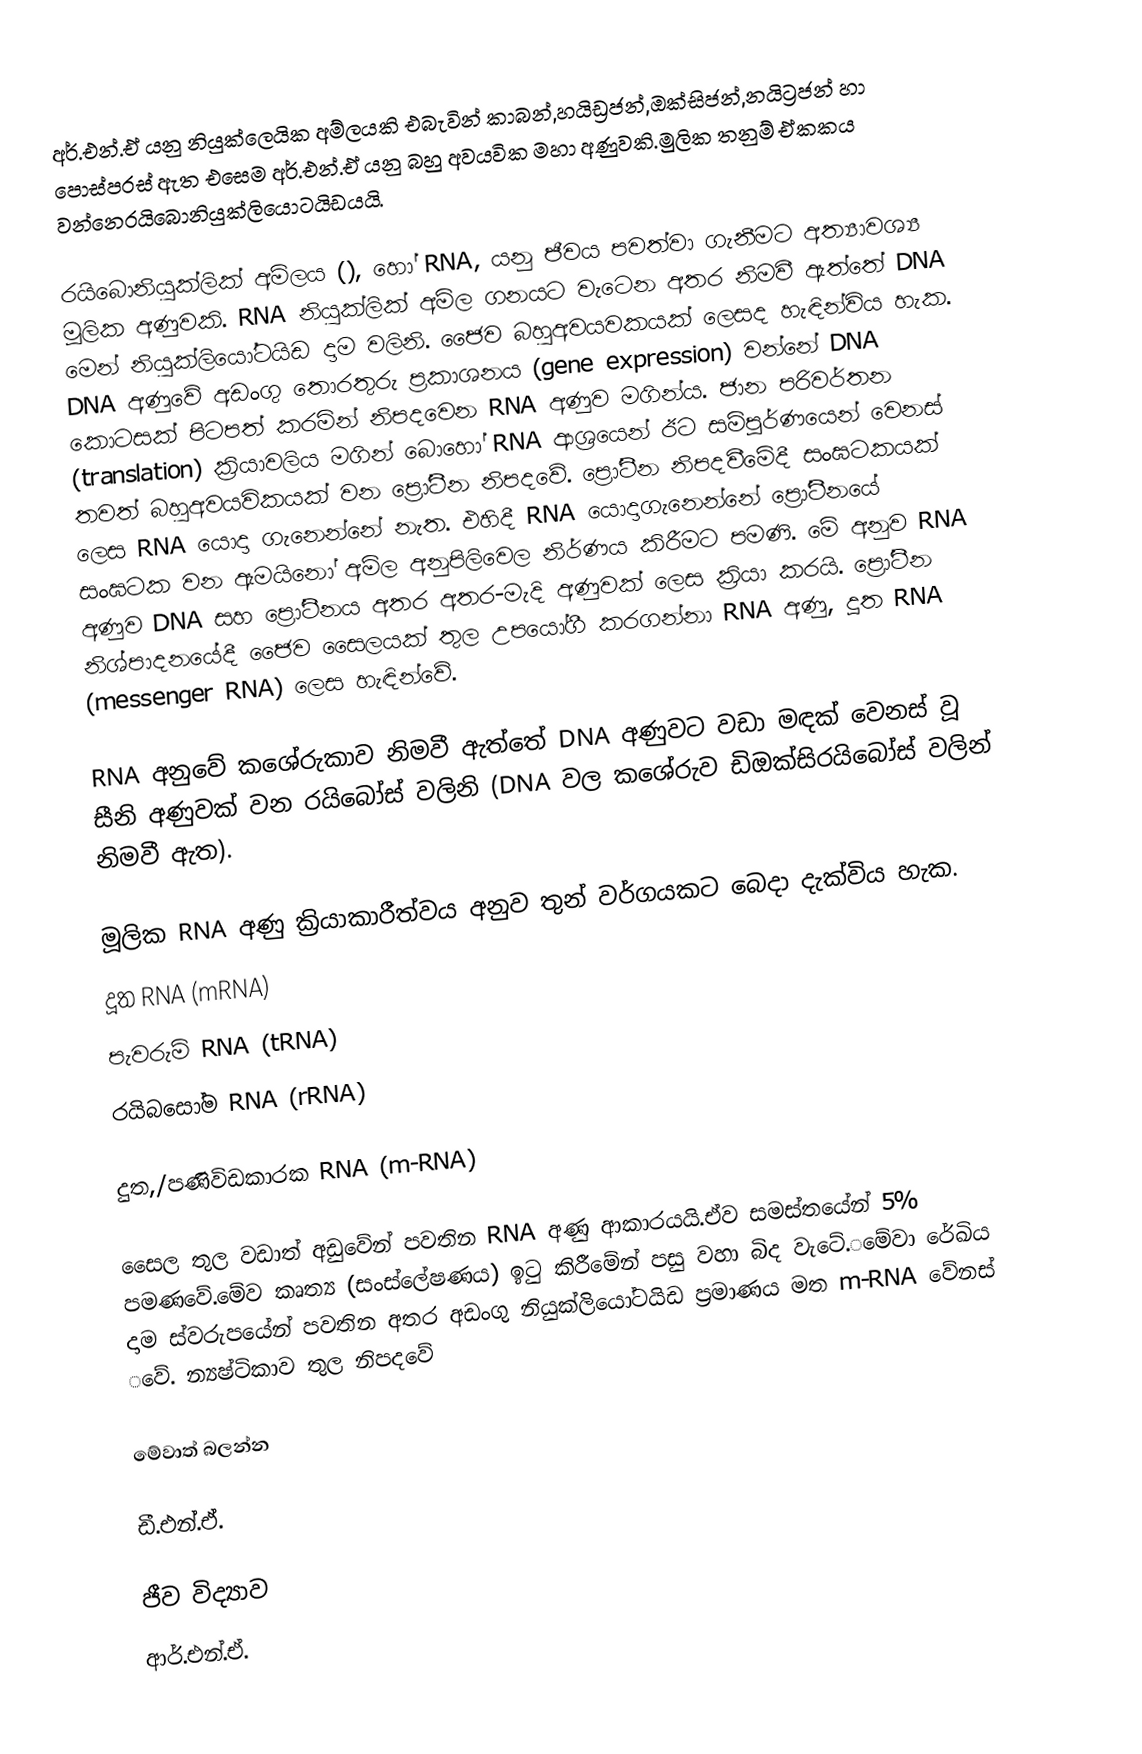
අර්.එන්.ඒ යනු නියුක්ලෙයික අම්ලයකි එබැවින් කාබන්,හයිඩ්‍රජන්,ඔක්සිජන්,නයිට්‍රජන් හා පොස්පරස් ඇත එසෙම අර්.එන්.ඒ යනු බහු අවයවික මහා අණුවකි.මුලික තනුම් ඒකකය වන්නෙරයිබොනියුක්ලියොටයිඩයයි.

රයිබොනියුක්ලික් අම්ලය (), හෝ RNA, යනු ජීවය පවත්වා ගැනීමට අත්‍යාවශ්‍ය මූලික අණුවකි.  RNA නියුක්ලික් අම්ල ගනයට වැටෙන අතර නිමවී ඇත්තේ DNA මෙන් නියුක්ලියෝටයිඩ දාම  වලිනි. ජෛව බහුඅවයවකයක් ලෙසද හැඳින්විය හැක. DNA අණුවේ අඩංගු තොරතුරු ප්‍රකාශනය (gene expression) වන්නේ DNA කොටසක් පිටපත් කරමින් නිපදවෙන RNA අණුව මගින්ය. ජාන පරිවර්තන (translation) ක්‍රියාවලිය මගින් බොහෝ RNA  ආශ්‍රයෙන් ඊට සම්පූර්ණයෙන් වෙනස් තවත් බහුඅවයවිකයක් වන ප්‍රෝටීන නිපදවේ. ප්‍රෝටීන නිපදවීමේදී සංඝටකයක් ලෙස RNA යොදා ගැනෙන්නේ නැත. එහිදී RNA යොදාගැනෙන්නේ ප්‍රෝටීනයේ සංඝටක වන ඇමයිනෝ අම්ල අනුපිලිවෙල නිර්ණය කිරීමට පමණි. මේ අනුව RNA අණුව DNA සහ ප්‍රෝටීනය අතර අතර-මැදි අණුවක් ලෙස ක්‍රියා කරයි.  ප්‍රෝටීන නිශ්පාදනයේදී ජෛව සෛලයක් තුල උපයෝගී කරගන්නා RNA අණු, දූත RNA (messenger RNA) ලෙස හැඳින්වේ.

RNA අනුවේ කශේරුකාව නිමවී ඇත්තේ DNA අණුවට වඩා මඳක් වෙනස් වූ සීනි අණුවක් වන රයිබෝස් වලිනි (DNA වල කශේරුව ඩිඔක්සිරයිබෝස් වලින් නිමවී ඇත).

මූලික RNA අණු ක්‍රියාකාරීත්වය අනුව තුන් වර්ගයකට බෙදා දැක්විය හැක.
 දූත RNA  (mRNA)
 පැවරුම් RNA (tRNA)
 රයිබසෝම RNA (rRNA)

දුත,/පණිවිඩකාරක RNA (m-RNA)

සෛල තුල වඩාත් අඩුවේන් පවතින RNA අණු ආකාරයයි.ඒව සමස්තයේන්  5% පමණවේ.‌මේව කෘත්‍ය (සංස්ලේෂණය) ඉටු කිරීමේන් පසු වහා බිද වැටේ.‌‌මේවා ‌රේඛිය දාම ස්වරුපයේන් පවතින අතර අඩංගු නියුක්ලියෝටයිඩ ප්‍රමාණය මත m-RNA වේනස් ‌වේ. න්‍යෂ්ටිකාව තුල නිපදවේ

මේවාත් බලන්න

 ඩී.එන්.ඒ.

ජීව විද්‍යාව
ආර්.එන්.ඒ.